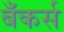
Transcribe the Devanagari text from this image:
बँकर्स